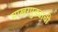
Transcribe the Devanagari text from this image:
साखरपुड्याची